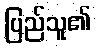
ပြည်သူ၏